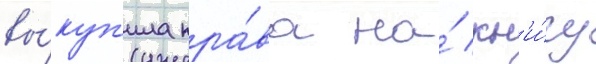
вы́куп'ила пра́ва на́ кн'и́гу